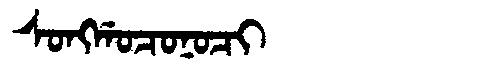
Manchu: ᠰᠣᠩᡤᠣᠴᠣᠨᠣᠴᡳ
Romanization: SONGGOCONOCI